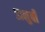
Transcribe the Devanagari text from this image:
डानुबी